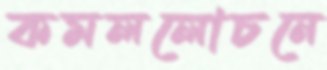
কমললোচনে